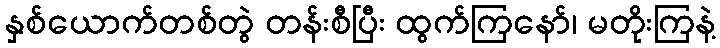
နှစ်ယောက်တစ်တွဲ တန်းစီပြီး ထွက်ကြနော်၊ မတိုးကြနဲ့